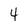
Character: 4